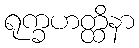
ရုက္ခဟတ္ထိနာ